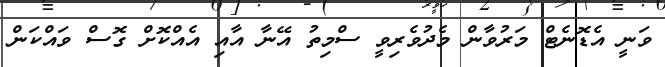
ވަނީ އެޑޮނެޓް މަރުވާން މެދުވެރިވީ ސްމިތު އޭނާ އާއި އެއްކޮށް ގޮސް ވައްކަން